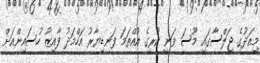
މިއަދުގެ ޖަލްސާގައި މޫސަ ވަނީ ކުރީގެ އުއްތަމަ ފަނޑިޔާރު އަހްމަދު ފާއިޒު ހުސައިންއަށް